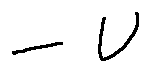
- v